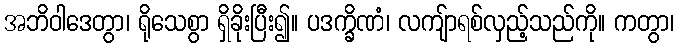
အဘိဝါဒေတွာ၊ ရိုသေစွာ ရှိခိုးပြီး၍။ ပဒက္ခိဏံ၊ လကျ်ာရစ်လှည့်သည်ကို။ ကတွာ၊